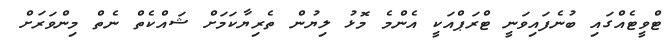
ޓްވީޓެއްގައި ބުނެފައިވަނީ ޓްރަޕްއަކީ އެންމެ މޮޅު ލިޔުން ތެރިޔާކަމަށް ޝައްކެތް ނެތް މިންވަރަށް